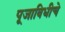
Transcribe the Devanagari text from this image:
पूजाविधीचे